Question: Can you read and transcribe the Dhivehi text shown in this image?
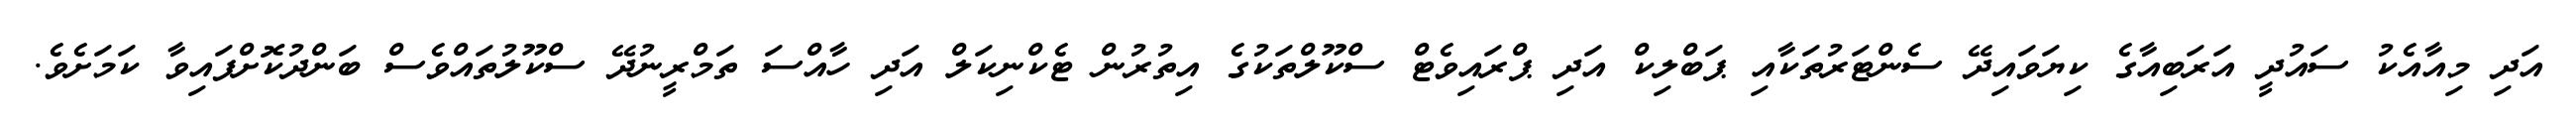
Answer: އަދި މިއާއެކު ސައުދީ އަރަބިއާގެ ކިޔަވައިދޭ ސެންޓަރުތަކާއި ޕަބްލިކް އަދި ޕްރައިވެޓް ސްކޫލްތަކުގެ އިތުރުން ޓެކްނިކަލް އަދި ހާއްސަ ތަމްރީނުދޭ ސްކޫލުތައްވެސް ބަންދުކޮށްފައިވާ ކަމަށެވެ.